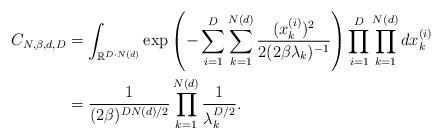
LaTeX: \begin{align*} \begin{aligned} C_{N,\beta,d,D} &= \int_{\mathbb{R}^{D \cdot N(d)} } \exp\left(-\sum_{i=1}^{D}\sum_{k=1}^{N(d)} \frac{(x^{(i)}_k)^2}{2(2\beta\lambda_k)^{-1}}\right) \prod_{i=1}^{D} \prod_{k=1}^{N(d)}dx^{(i)}_k\\&= \frac{1}{(2\beta)^{DN(d)/2}}\prod_{k=1}^{N(d)}\frac{1}{\lambda_k^{D/2}}. \end{aligned} \end{align*}